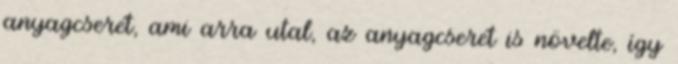
anyagcserét, ami arra utal, az anyagcserét is növelte, így